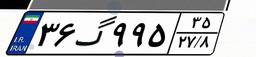
۸۶گ۵۲۲۱۰